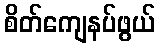
စိတ်ကျေနပ်ဖွယ်